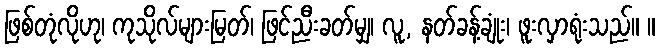
ဖြစ်တုံလိုဟု၊ ကုသိုလ်များမြတ်၊ ဖြင်ညီးခတ်မျှ၊ လူ, နတ်ခန့်ချုံး၊ ဖူးလှာရုံးသည်။ ။